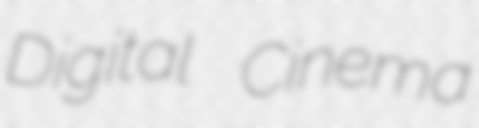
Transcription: Digital Cinema